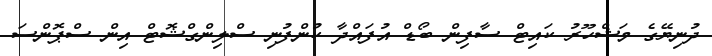
ދުނިޔޭގެ މަޝްހޫރު ކައިޓް ސާފިން ބޯޑް އުފައްދާ ކުންފުނި ސްލިންގްޝޮޓް އިން ސްޕޮންސަ